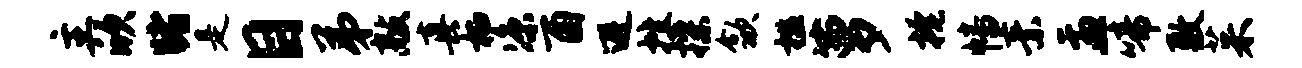
主欣睹是目弟敲真栖凉酉避挫揲歙槛萝掩幡素盂啼敷茱